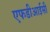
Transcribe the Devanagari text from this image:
एफडीआईसी